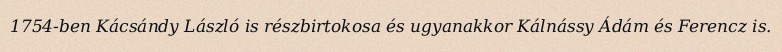
1754-ben Kácsándy László is részbirtokosa és ugyanakkor Kálnássy Ádám és Ferencz is.